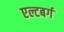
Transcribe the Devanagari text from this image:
एल्टबर्ग